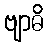
ဗျာဓိ